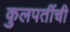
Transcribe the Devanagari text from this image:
कुलपतींची